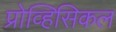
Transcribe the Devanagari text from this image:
प्रोव्हिसिकल